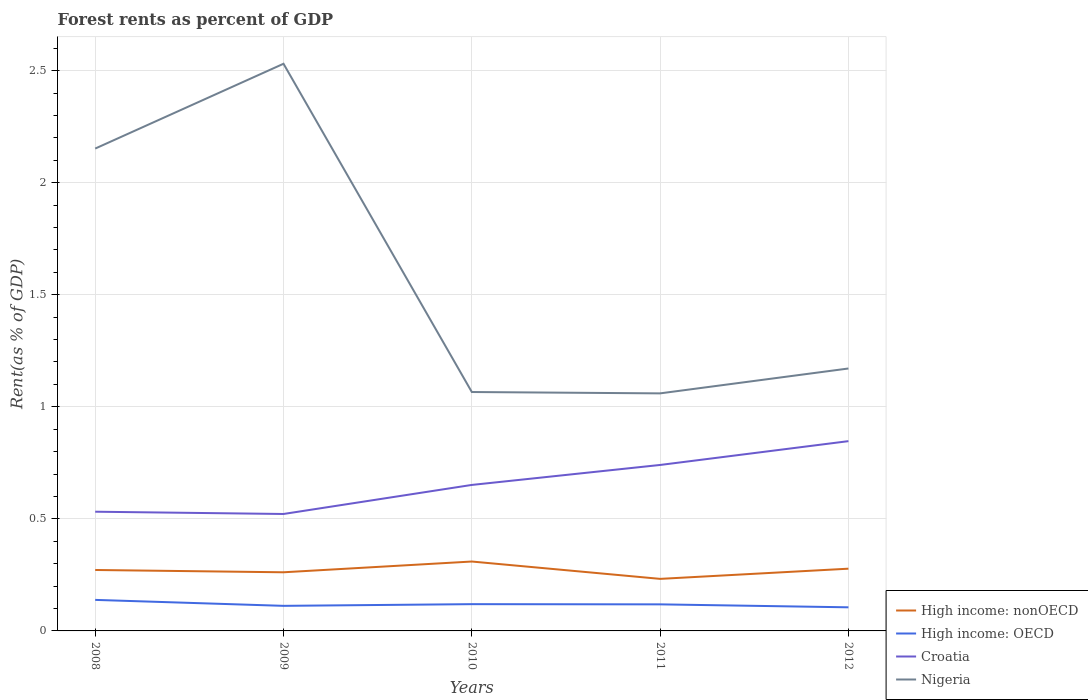
| Years | High income: nonOECD | High income: OECD | Croatia | Nigeria |
 | --- | --- | --- | --- | --- |
 | 2008 | 0.272 | 0.138 | 0.532 | 2.15 |
 | 2009 | 0.262 | 0.112 | 0.522 | 2.53 |
 | 2010 | 0.31 | 0.119 | 0.651 | 1.07 |
 | 2011 | 0.232 | 0.118 | 0.741 | 1.06 |
 | 2012 | 0.278 | 0.105 | 0.847 | 1.17 |